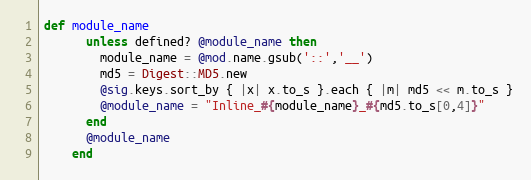
Language: Ruby
def module_name
      unless defined? @module_name then
        module_name = @mod.name.gsub('::','__')
        md5 = Digest::MD5.new
        @sig.keys.sort_by { |x| x.to_s }.each { |m| md5 << m.to_s }
        @module_name = "Inline_#{module_name}_#{md5.to_s[0,4]}"
      end
      @module_name
    end